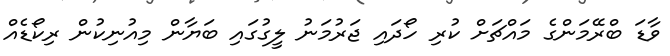
ވާޑަ ބްރޭމަންގެ މައްޗަށް ކުރި ހޯދައި ޖަރުމަނު ލީގުގައި ބަޔާން މިއުނިކުން ރިކޯޑެއް